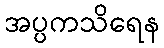
အပ္ပကသိရေန